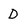
Character: D